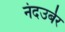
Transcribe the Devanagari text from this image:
नंदउर्बर